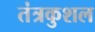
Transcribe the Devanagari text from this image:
तंत्रकुशल